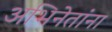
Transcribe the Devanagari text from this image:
अभिनेतांना